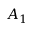
A _ { 1 }